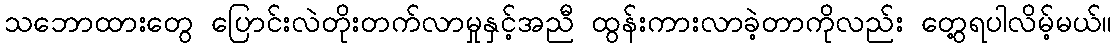
သဘောထားတွေ ပြောင်းလဲတိုးတက်လာမှုနှင့်အညီ ထွန်းကားလာခဲ့တာကိုလည်း တွေ့ရပါလိမ့်မယ်။